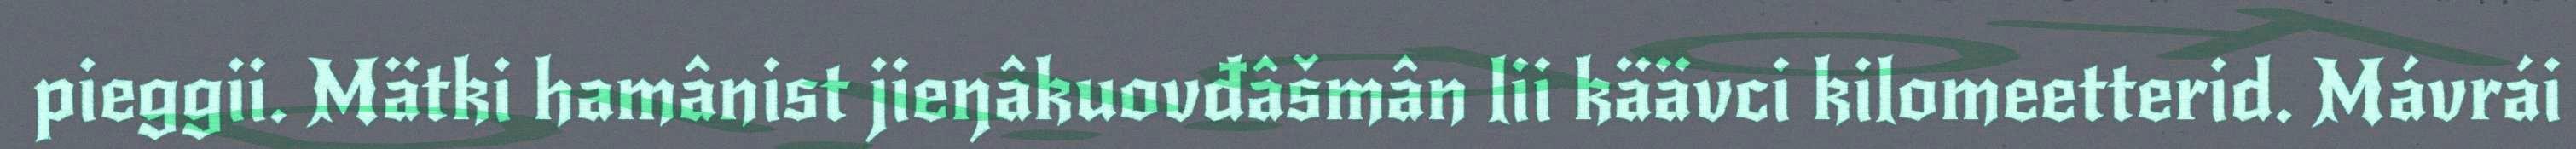
pieggii. Mätki hamânist jieŋâkuovđâšmân lii käävci kilomeetterid. Mávrái